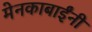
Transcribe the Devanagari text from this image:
मेनकाबाईंनी